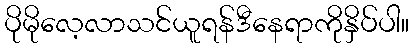
ပိုမိုလေ့လာသင်ယူရန်ဒီနေရာကိုနှိပ်ပါ။